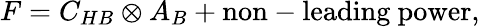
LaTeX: F=C_{HB}\otimes A_{B}+\mathrm{non-leading~power},